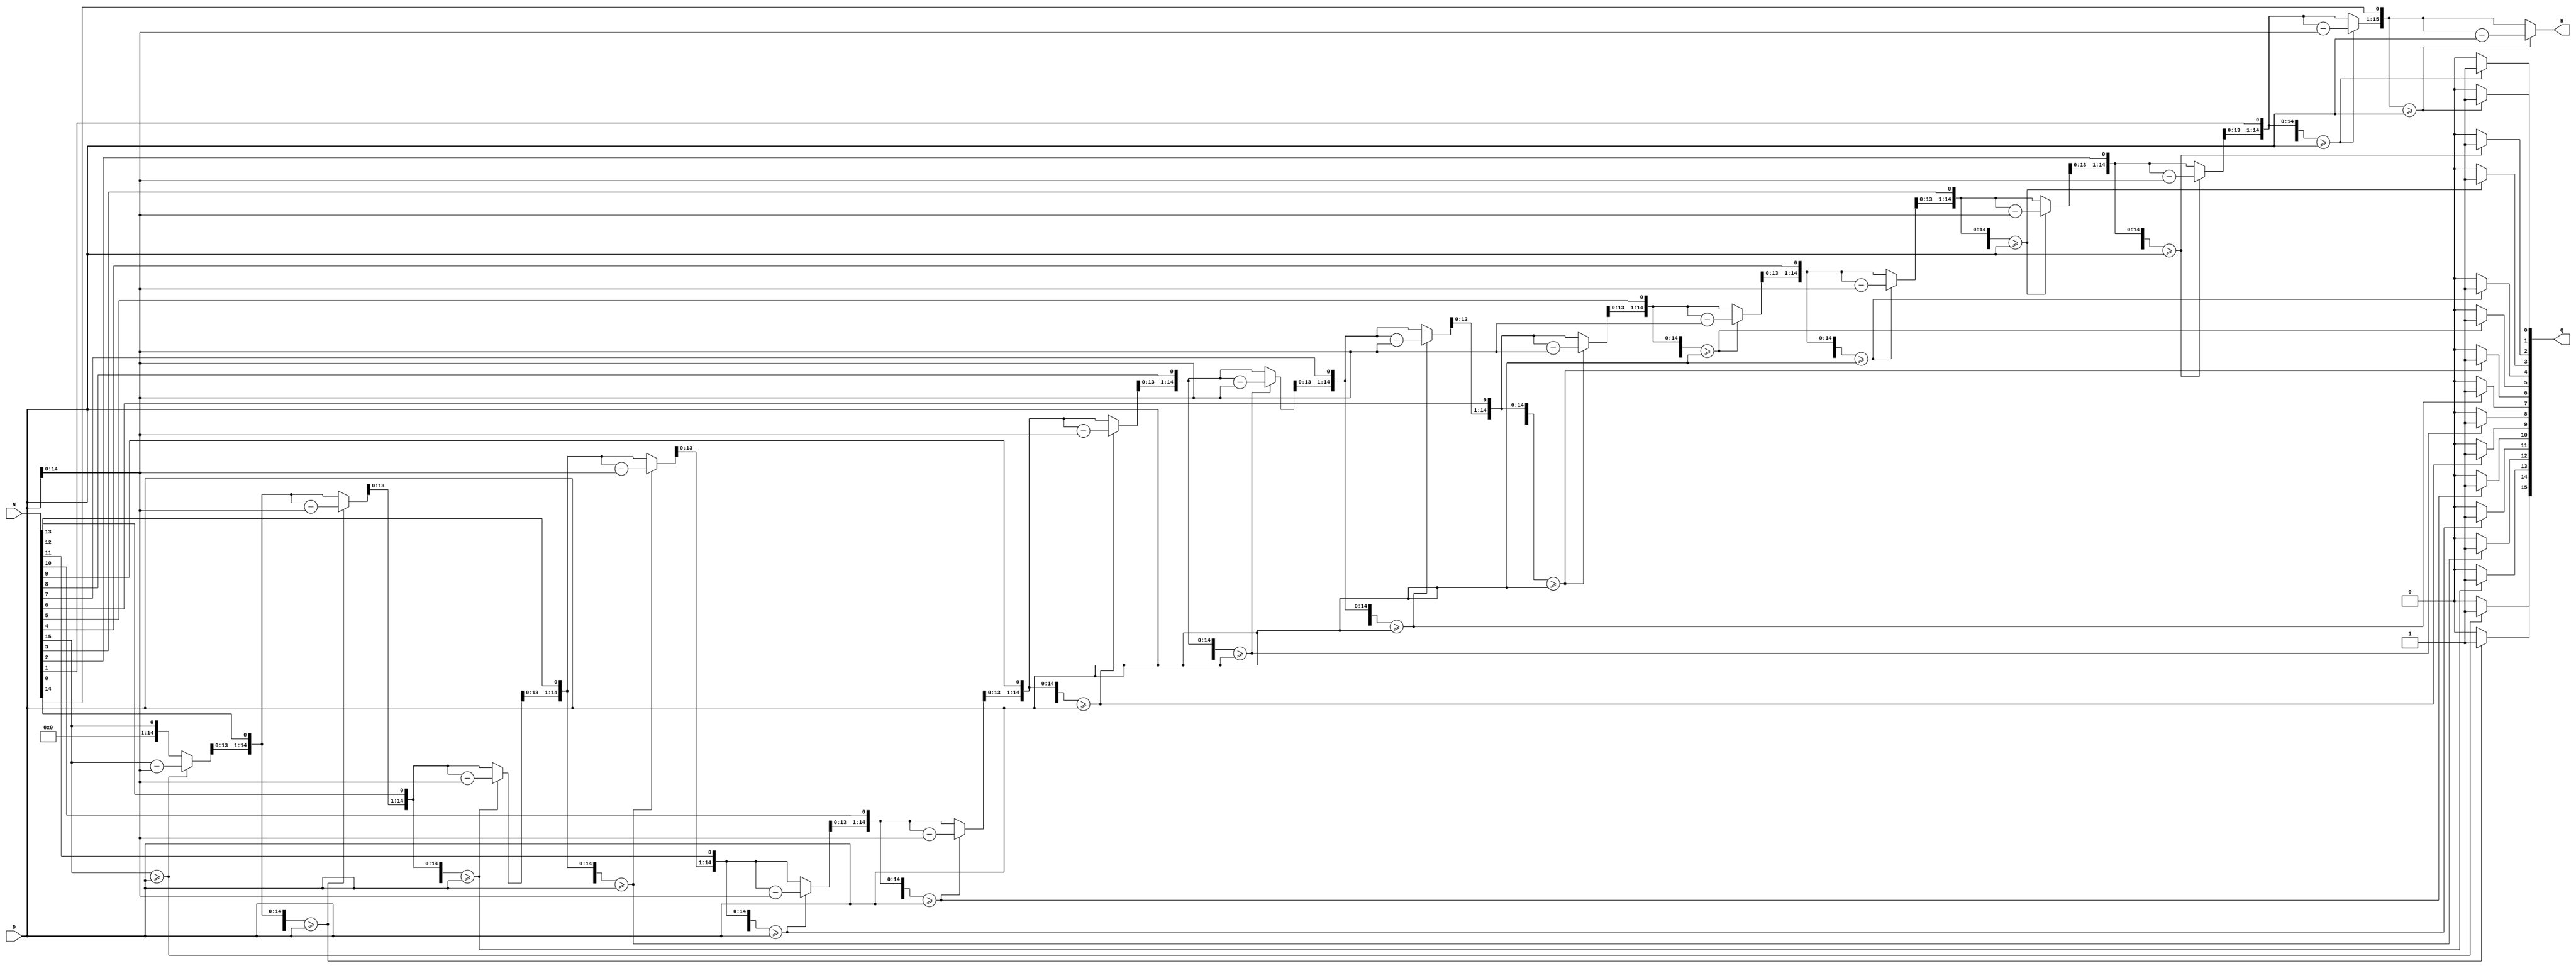
`timescale 1ns / 1ps
//////////////////////////////////////////////////////////////////////////////////
// Company: 
// Engineer: 
// 
// Design Name: 
// Module Name:    division 
// Project Name: 
// Target Devices: 
// Tool versions: 
// Description: 
//
// Dependencies: 
//
// Revision: 
// Revision 0.01 - File Created
// Additional Comments: 
//
//////////////////////////////////////////////////////////////////////////////////
module division (
output reg[15:0] Q,
output reg[15:0] R,
input [15:0] N,
input [15:0] D);

integer i;
always @(*) begin

	Q = 0;
	R = 0;
	for (i = 15; i >= 0; i = i - 1) begin
		R = R << 1 ;         
		R[0] = N[i] ;         
		if (R >= D) begin
			R = R - D;
			Q[i] = 1;
		end
	end
end
endmodule